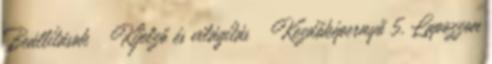
Beállítások → Kijelző és világítás → Kezdőképernyő 5. Lapozzon